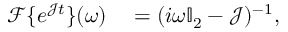
\begin{array} { r l } { \mathcal { F } \{ e ^ { \mathcal J t } \} ( \omega ) } & { { } = ( i \omega \mathbb { I } _ { 2 } - \mathcal { J } ) ^ { - 1 } , } \end{array}